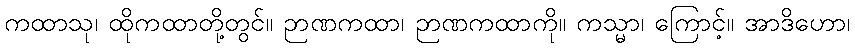
ကထာသု၊ ထိုကထာတို့တွင်။ ဉာဏကထာ၊ ဉာဏကထာကို။ ကသ္မာ၊ ကြောင့်။ အာဒိဟော၊